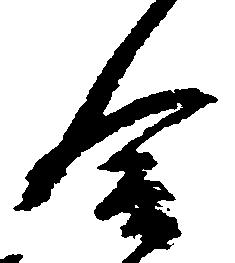
合